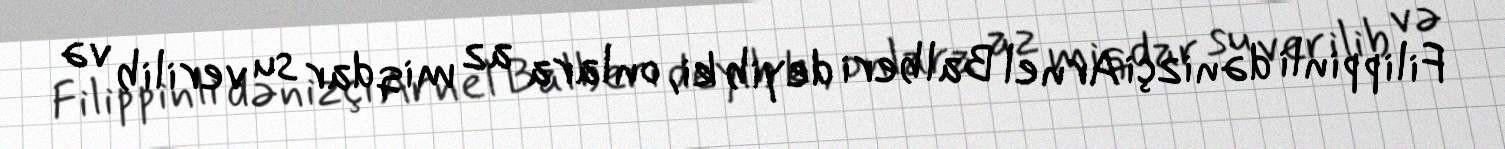
Filippinli dənizçi Arnel Balberi deyib ki, onlara az miqdar su verilib və